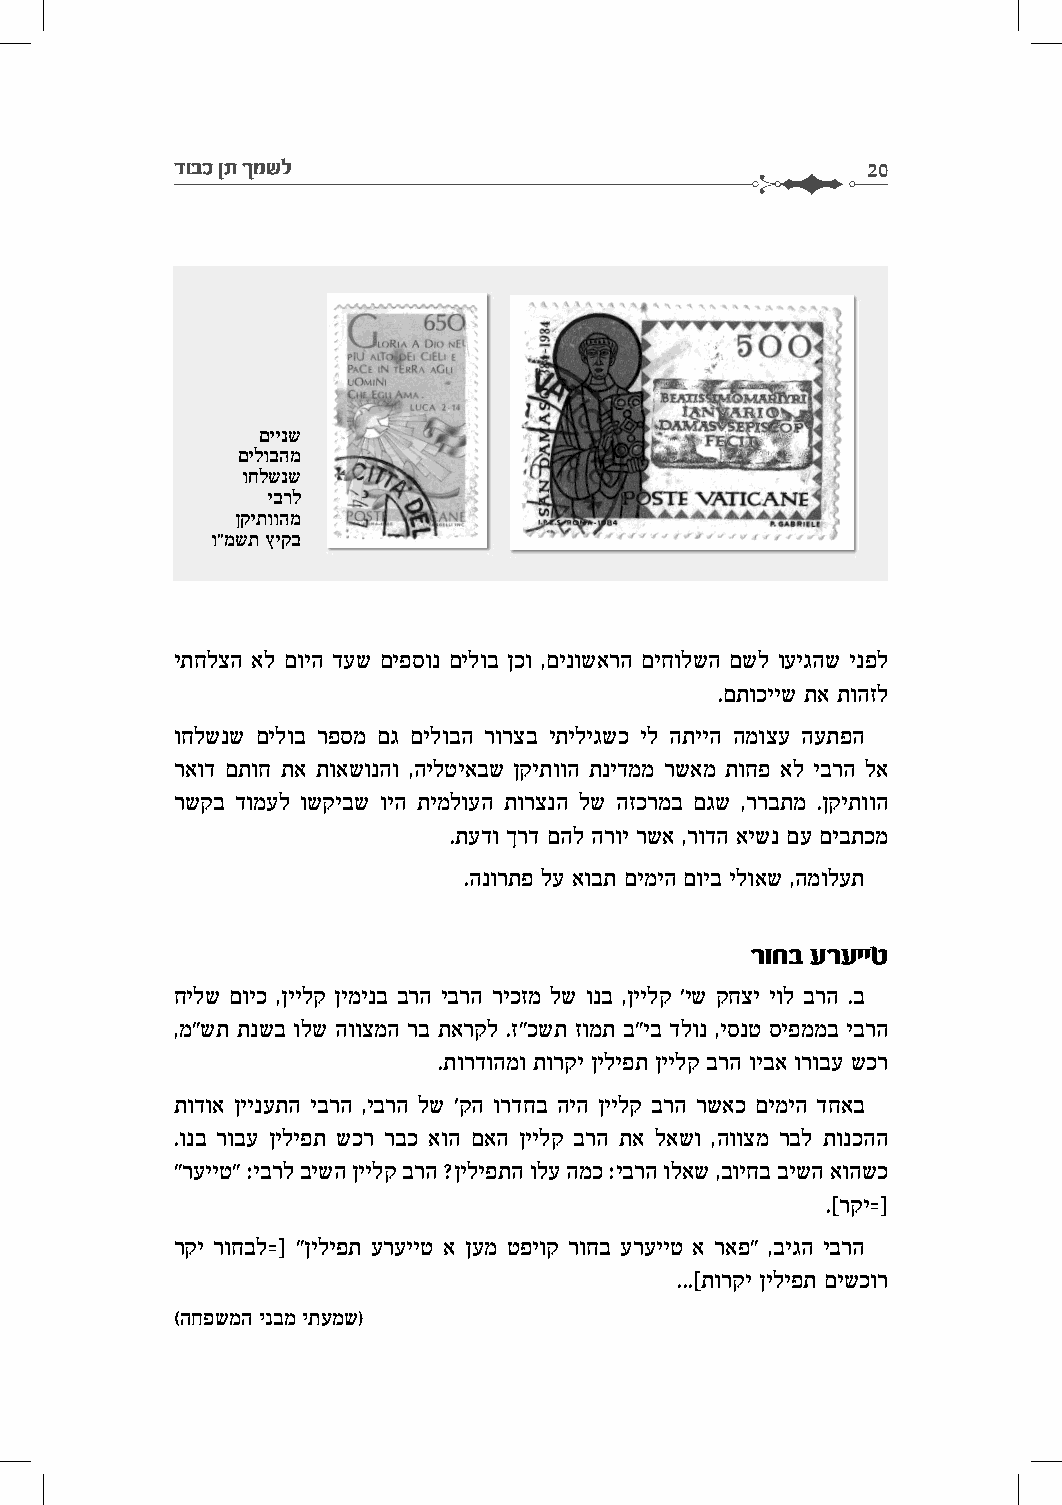
דובכ ןת ךמשל                                  20
 םיינש
 םילובהמ
 וחלשנש
 יברל
 ןקיתווהמ
 ו"משת ץיקב
 יתחלצה אל םויה דעש םיפסונ םילוב ןכו ,םינושארה םיחולשה םשל ועיגהש ינפל
 .םתוכייש תא תוהזל
 וחלשנש םילוב רפסמ םג םילובה רורצב יתיליגשכ יל התייה המוצע העתפה
 ראוד םתוח תא תואשונהו ,הילטיאבש ןקיתווה תנידממ רשאמ תוחפ אל יברה לא
 רשקב דומעל ושקיבש ויה תימלועה תורצנה לש הזכרמב םגש ,ררבתמ .ןקיתווה
 .תעדו ךרד םהל הרוי רשא ,רודה אישנ םע םיבתכמ
 .הנורתפ לע אובת םימיה םויב ילואש ,המולעת
 רוחב ערעייט
 חילש םויכ ,ןיילק ןימינב ברה יברה ריכזמ לש ונב ,ןיילק 'יש קחצי יול ברה .ב
 ,מ"שת תנשב ולש הווצמה רב תארקל .ז"כשת זומת ב"יב דלונ ,יסנט סיפממב יברה
 .תורדוהמו תורקי ןיליפת ןיילק ברה ויבא ורובע שכר
 תודוא ןיינעתה יברה ,יברה לש 'קה ורדחב היה ןיילק ברה רשאכ םימיה דחאב
 .ונב רובע ןיליפת שכר רבכ אוה םאה ןיילק ברה תא לאשו ,הווצמ רבל תונכהה
 "רעייט" :יברל בישה ןיילק ברה ?ןיליפתה ולע המכ :יברה ולאש ,בויחב בישה אוהשכ
 .[רקי=]
 רקי רוחבל=] "ןיליפת ערעייט א ןעמ טפיוק רוחב ערעייט א ראפ" ,ביגה יברה
 ...[תורקי ןיליפת םישכור
 (החפשמה ינבמ יתעמש)